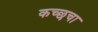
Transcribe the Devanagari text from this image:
कच्छचा